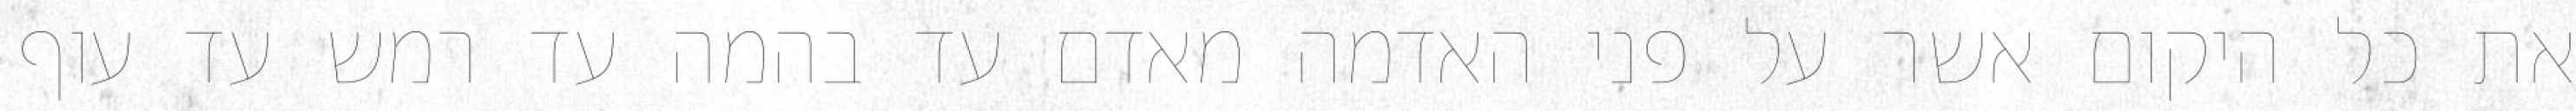
את כל היקום אשר על פני האדמה מאדם עד בהמה עד רמש עד עוף